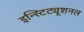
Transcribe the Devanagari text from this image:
इन्स्टिट्यूशनल